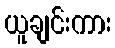
ယူချင်းကား